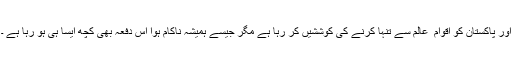
اور پاکستان کو اقوام ِ عالم سے تنہا کرنے کی کوششیں کر رہا ہے مگر جیسے ہمیشہ ناکام ہوا اس دفعہ بھی کچھ ایسا ہی ہو رہا ہے ۔